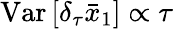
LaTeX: \mathrm{Var}\, [\delta_{\tau}\bar{x}_{1}]\propto\tau